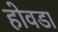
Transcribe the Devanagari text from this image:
होवडा